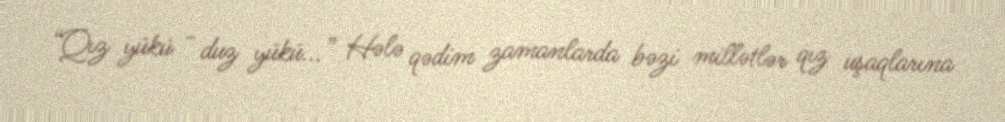
“Qız yükü - duz yükü...” Hələ qədim zamanlarda bəzi millətlər qız uşaqlarına